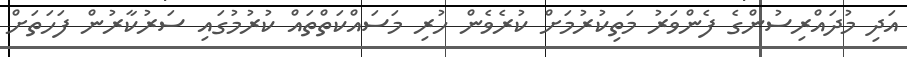
އަދި މުދައްރިސުންގެ ފެންވަރު މަތިކުރުމަށް ކުރެވެން ހުރި މަސައްކަތްތައް ކުރުމުގައި ސަރުކާރުން ފަހަތަށް